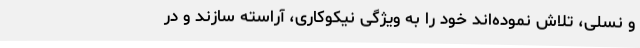
و نسلی، تلاش نموده‌اند خود را به ویژگی نیکوکاری، آراسته سازند و در